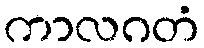
ကာလဂတံ